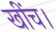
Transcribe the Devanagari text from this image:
खींच।